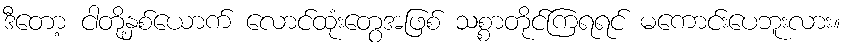
ဒီတော့ ငါတို့နှစ်ယောက် လောင်ထုံးတွေအဖြစ် သစ္စာတိုင်ကြရရင် မကောင်းပေဘူးလား။